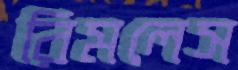
রিমলেস